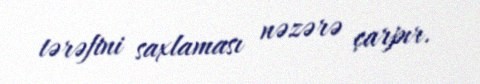
tərəfini saxlaması nəzərə çarpır.